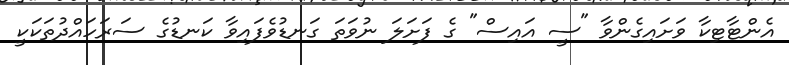
އެންޓާޓިކާ ވަށައިގެންވާ "ސީ އައިސް" ގެ ފަށަލަ ނުވަތަ ގަނޑުވެފައިވާ ކަނޑުގެ ސަރަހައްދުތަކަކީ